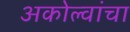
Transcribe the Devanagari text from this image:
अकोल्वांचा